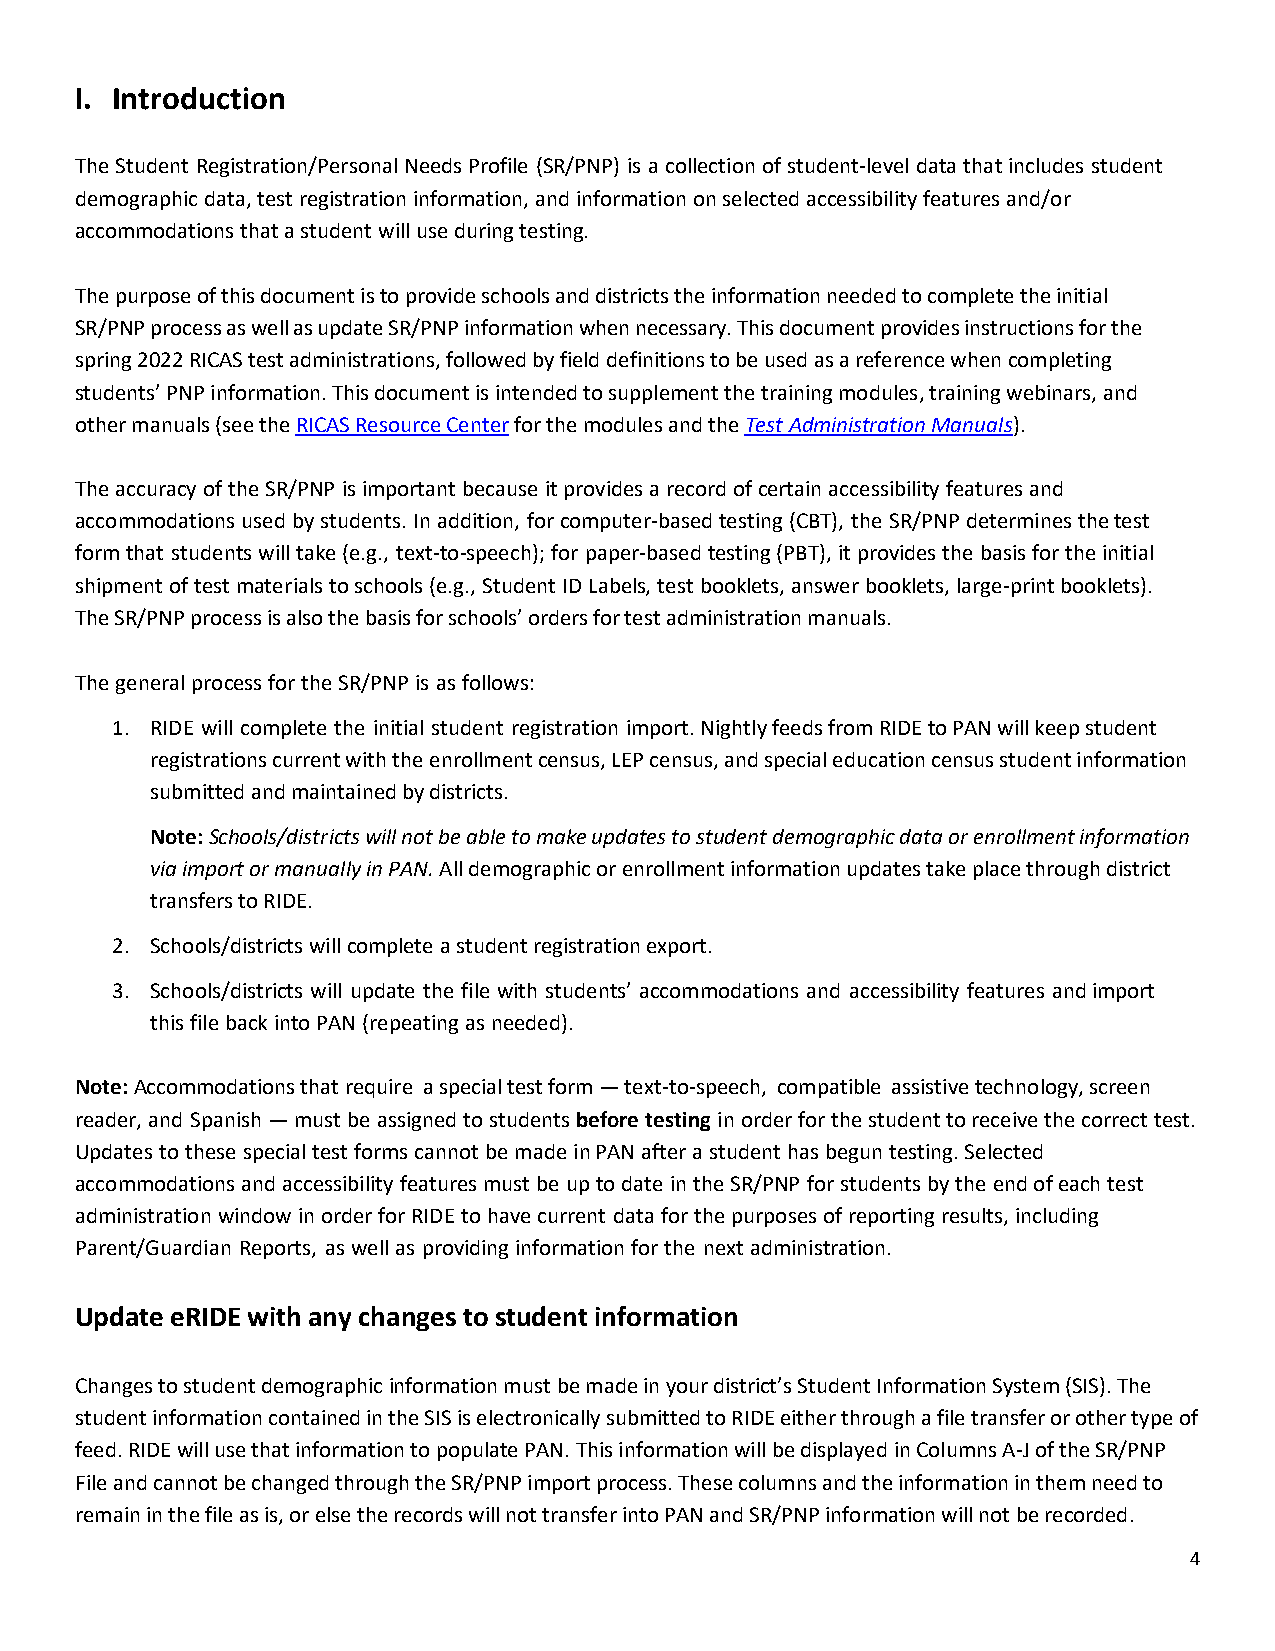
I. Introduction
 The Student Registration/Personal Needs Profile (SR/PNP) is a collection of student-level data that includes student
 demographic data, test registration information, and information on selected accessibility features and/or
 accommodations that a student will use during testing.
 The purpose of this document is to provide schools and districts the information needed to complete the initial
 SR/PNP process as well as update SR/PNP information when necessary. This document provides instructions for the
 spring 2022 RICAS test administrations, followed by field definitions to be used as a reference when completing
 students’ PNP information. This document is intended to supplement the training modules, training webinars, and
 other manuals (see the RICAS Resource Center for the modules and the Test Administration Manuals).
 The accuracy of the SR/PNP is important because it provides a record of certain accessibility features and
 accommodations used by students. In addition, for computer-based testing (CBT), the SR/PNP determines the test
 form that students will take (e.g., text-to-speech); for paper-based testing (PBT), it provides the basis for the initial
 shipment of test materials to schools (e.g., Student ID Labels, test booklets, answer booklets, large-print booklets).
 The SR/PNP process is also the basis for schools’ orders for test administration manuals.
 The general process for the SR/PNP is as follows:
 1. RIDE will complete the initial student registration import. Nightly feeds from RIDE to PAN will keep student
 registrations current with the enrollment census, LEP census, and special education census student information
 submitted and maintained by districts.
 Note: Schools/districts will not be able to make updates to student demographic data or enrollment information
 via import or manually in PAN. All demographic or enrollment information updates take place through district
 transfers to RIDE.
 2. Schools/districts will complete a student registration export.
 3. Schools/districts will update the file with students’ accommodations and accessibility features and import
 this file back into PAN (repeating as needed).
 Note: Accommodations that require a special test form — text-to-speech, compatible assistive technology, screen
 reader, and Spanish — must be assigned to students before testing in order for the student to receive the correct test.
 Updates to these special test forms cannot be made in PAN after a student has begun testing. Selected
 accommodations and accessibility features must be up to date in the SR/PNP for students by the end of each test
 administration window in order for RIDE to have current data for the purposes of reporting results, including
 Parent/Guardian Reports, as well as providing information for the next administration.
 Update eRIDE with any changes to student information
 Changes to student demographic information must be made in your district’s Student Information System (SIS). The
 student information contained in the SIS is electronically submitted to RIDE either through a file transfer or other type of
 feed. RIDE will use that information to populate PAN. This information will be displayed in Columns A-J of the SR/PNP
 File and cannot be changed through the SR/PNP import process. These columns and the information in them need to
 remain in the file as is, or else the records will not transfer into PAN and SR/PNP information will not be recorded.
 4